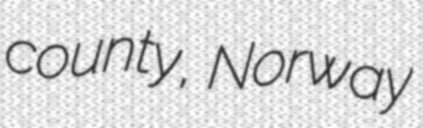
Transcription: county, Norway